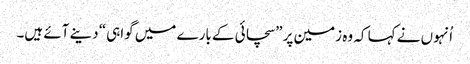
‏ اُنہوں نے کہا کہ وہ زمین پر ”‏سچائی کے بارے میں گواہی“‏ دینے آئے ہیں۔